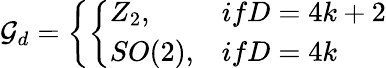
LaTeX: {\cal G}_{d}=\left\{ \left\{ \begin{array}{ll}{{Z_{2},}}&{{ifD=4k+2}}\\ {{SO(2),}}&{{ifD=4k}}\end{array}\right.\right.